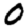
Digit: 0